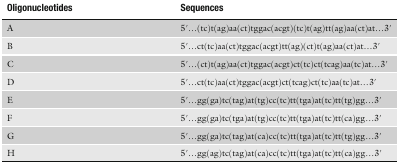
<table><thead><tr><td><b>Oligonucleotides</b></td><td><b>Sequences</b></td></tr></thead><tbody><tr><td>A</td><td>5&#x27;...(tc)t(ag)aa(ct)tggac(acgt)(tc)t(ag)tt(ag)aa(ct)at...3&#x27;</td></tr><tr><td>B</td><td>5&#x27;...ct(tc)aa(ct)tggac(acgt)tt(ag)(ct)t(ag)aa(ct)at...3&#x27;</td></tr><tr><td>C</td><td>5&#x27;...(ct)t(ag)aa(ct)tggac(acgt)ct(tc)ct(tcag)aa(tc)at...3&#x27;</td></tr><tr><td>D</td><td>5&#x27;...ct(tc)aa(ct)tggac(acgt)ct(tcag)ct(tc)aa(tc)at...3&#x27;</td></tr><tr><td>E</td><td>5&#x27;...gg(ga)tc(tag)at(tg)cc(tc)tt(tga)at(tc)tt(tg)gg...3&#x27;</td></tr><tr><td>F</td><td>5&#x27;...gg(ga)tc(tga)at(tg)cc(tc)tt(tga)at(tc)tt(ca)gg...3&#x27;</td></tr><tr><td>G</td><td>5&#x27;...gg(ga)tc(tag)at(ca)cc(tc)tt(tga)at(tc)tt(tg)gg...3&#x27;</td></tr><tr><td>H</td><td>5&#x27;...gg(ag)tc(tag)at(ca)cc(tc)tt(tga)at(tc)tt(ca)gg...3&#x27;</td></tr></tbody></table>